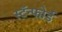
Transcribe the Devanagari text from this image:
स्टॅन्फोर्ड